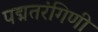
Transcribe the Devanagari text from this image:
पद्मतरंगिणी